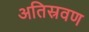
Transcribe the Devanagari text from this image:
अतिस्रवण